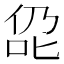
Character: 𪝁